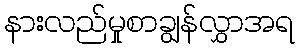
နားလည်မှုစာချွန်လွှာအရ